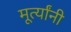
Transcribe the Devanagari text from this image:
मूर्त्यांनी